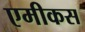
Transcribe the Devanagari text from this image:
एमीकस